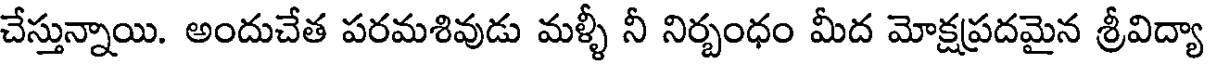
చేస్తున్నాయి. అందుచేత పరమశివుడు మళ్ళీ నీ నిర్బంధం మీద మోక్షప్రదమైన శ్రీవిద్యా